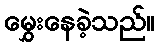
မွှေးနေခဲ့သည်။